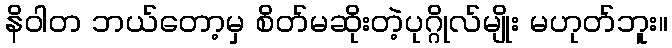
နိဝါတ ဘယ်တော့မှ စိတ်မဆိုးတဲ့ပုဂ္ဂိုလ်မျိုး မဟုတ်ဘူး။